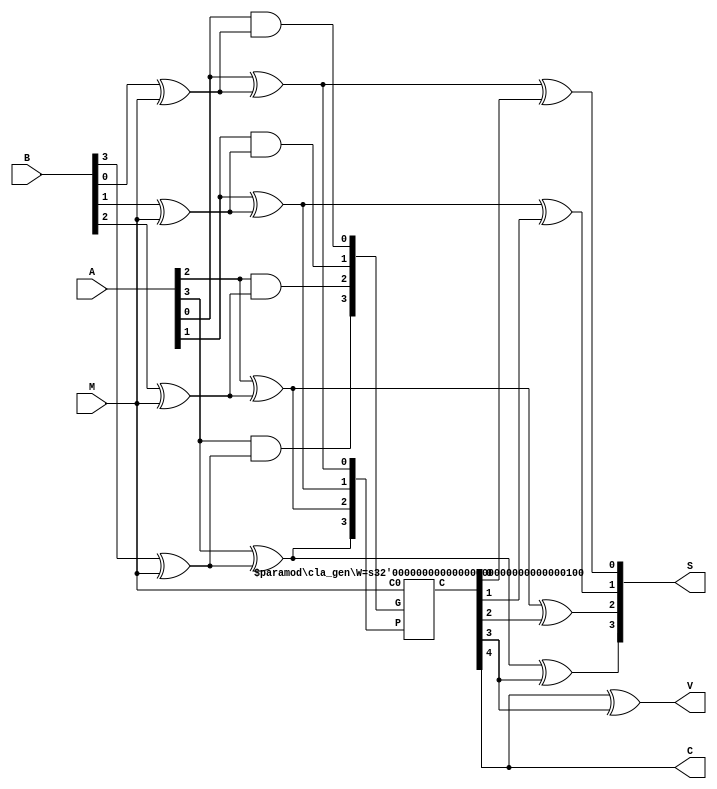
module addsub_cla 
#(parameter W=4)
	(
		input signed[W-1:0] A,
		input signed[W-1:0] B,
		output signed[W-1:0] S,
		output C,
		input M,
		output V
	);
	wire[W-1:0] m_B;
	wire[W-1:0] w_P;
	wire[W-1:0]	w_G;
	wire[W:0] cla_C;
	
	genvar i;
	generate
		for(i=0;i<W;i=i+1)
		begin
			assign m_B[i]=B[i]^M;
			assign w_P[i]=A[i]^m_B[i];
			assign w_G[i]=A[i]&m_B[i];
		end
	endgenerate

	cla_gen #(.W(W))CLAGEN(.P(w_P),.G(w_G),.C0(M),.C(cla_C));
	
	genvar j;
	generate
	for(j=0;j<W;j=j+1)
	begin
		assign S[j]=w_P[j]^cla_C[j];
	end
	endgenerate
	
	assign C=cla_C[W];
	assign V=cla_C[W]^cla_C[W-1];
	
endmodule

module cla_gen
	#(parameter W=4)
	(
		input[W-1:0] P,
		input[W-1:0] G,
		input C0,
		output[W:0]C
	);
	assign C[0]=C0;
	genvar l;
	generate
	for(l=1;l<W+1;l=l+1)
	begin
		assign C[l]=G[l-1]|(P[l-1]&C[l-1]);
	end
	endgenerate
endmodule